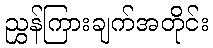
ညွှန်ကြားချက်အတိုင်း